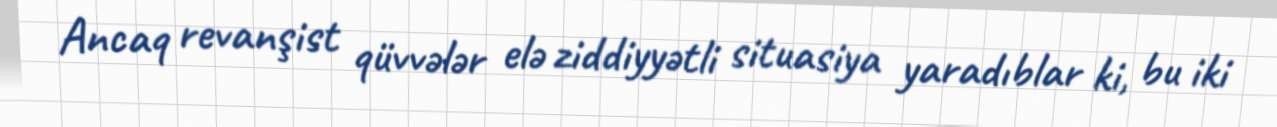
Ancaq revanşist qüvvələr elə ziddiyyətli situasiya yaradıblar ki, bu iki